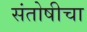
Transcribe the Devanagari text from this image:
संतोषीचा